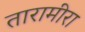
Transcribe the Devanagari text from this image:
तारामीरा